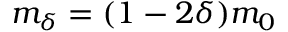
m _ { \delta } = ( 1 - 2 \delta ) m _ { 0 }